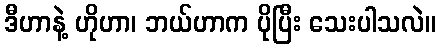
ဒီဟာနဲ့ ဟိုဟာ၊ ဘယ်ဟာက ပိုပြီး သေးပါသလဲ။